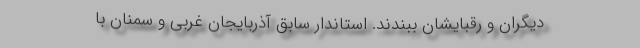
دیگران و رقبایشان ببندند. استاندار سابق آذربایجان غربی و سمنان با